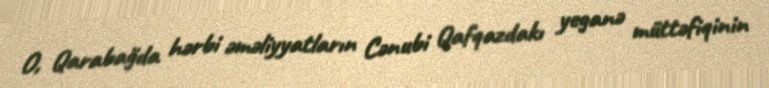
O, Qarabağda hərbi əməliyyatların Cənubi Qafqazdakı yeganə müttəfiqinin